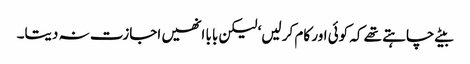
بیٹے چاہتے تھے کہ کوئی اور کام کر لیں‘ لیکن بابا انھیں اجازت نہ دیتا۔